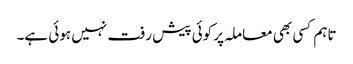
تاہم کسی بھی معاملہ پر کوئی پیش رفت نہیں ہوئی ہے۔